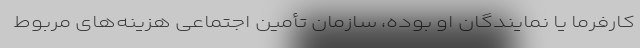
کارفرما یا نمایندگان او بوده، سازمان تأمین اجتماعی هزینه‌های مربوط